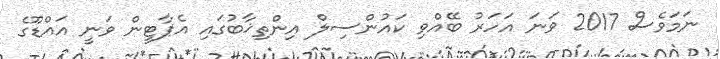
ނަމަވެސް 2017 ވަނަ އަހަރު ބޭއްވި ކައުންސިލް އިންތިޚާބުގައި އެޕާޓީން ވަނީ އައްޑޫގެ